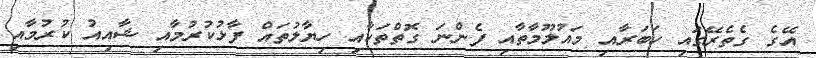
އޭގެ ގެތެރޭގައި ހަބަރާއި މައުލޫމާތާއި ފެންނަ ގޮތްތަކާއި ހިޔާލުތައް ފާޅުކުރުމާއި ޝާއިއު ކުރުމާއި